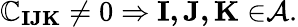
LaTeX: \mathbb{C}_{\mathbf{{IJK}}}\neq0\Rightarrow\mathbf{{I,J,K\in}}\mathcal{{A}}.